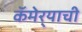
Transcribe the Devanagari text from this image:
कॅमेर्‍याची